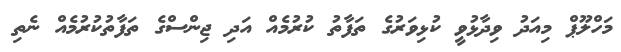
މަހްލޫޕް މިއަދު ވިދާޅުވީ ކުޅިވަރުގެ ތަފާތު ކުރުމެއް އަދި ޖިންސްގެ ތަފާތުކުރުމެއް ނެތި